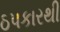
ઠપકારથી